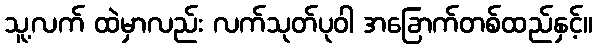
သူ့လက် ထဲမှာလည်း လက်သုတ်ပုဝါ အခြောက်တစ်ထည်နှင့်။